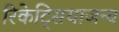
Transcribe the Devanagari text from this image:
रिकेट्सियाजन्य